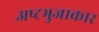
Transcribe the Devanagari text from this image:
अष्‍टभुजाकार